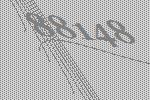
88148